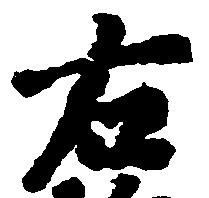
右